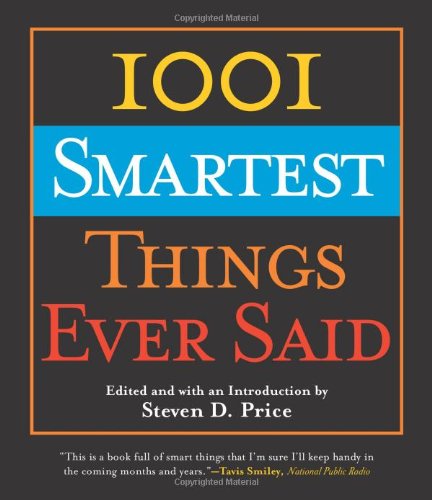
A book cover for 1001 Smartest Things Ever Said; Reference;